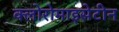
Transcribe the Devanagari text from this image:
क्लोरोमाइसेटीन